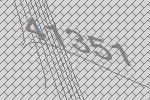
41351